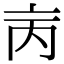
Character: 𠅈